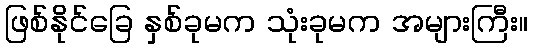
ဖြစ်နိုင်ခြေ နှစ်ခုမက သုံးခုမက အများကြီး။